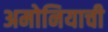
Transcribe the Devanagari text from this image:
अमोनियाची